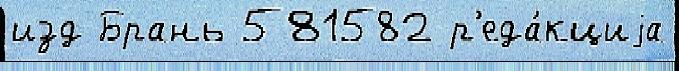
изд Брань 581582 р'еда́кциjа